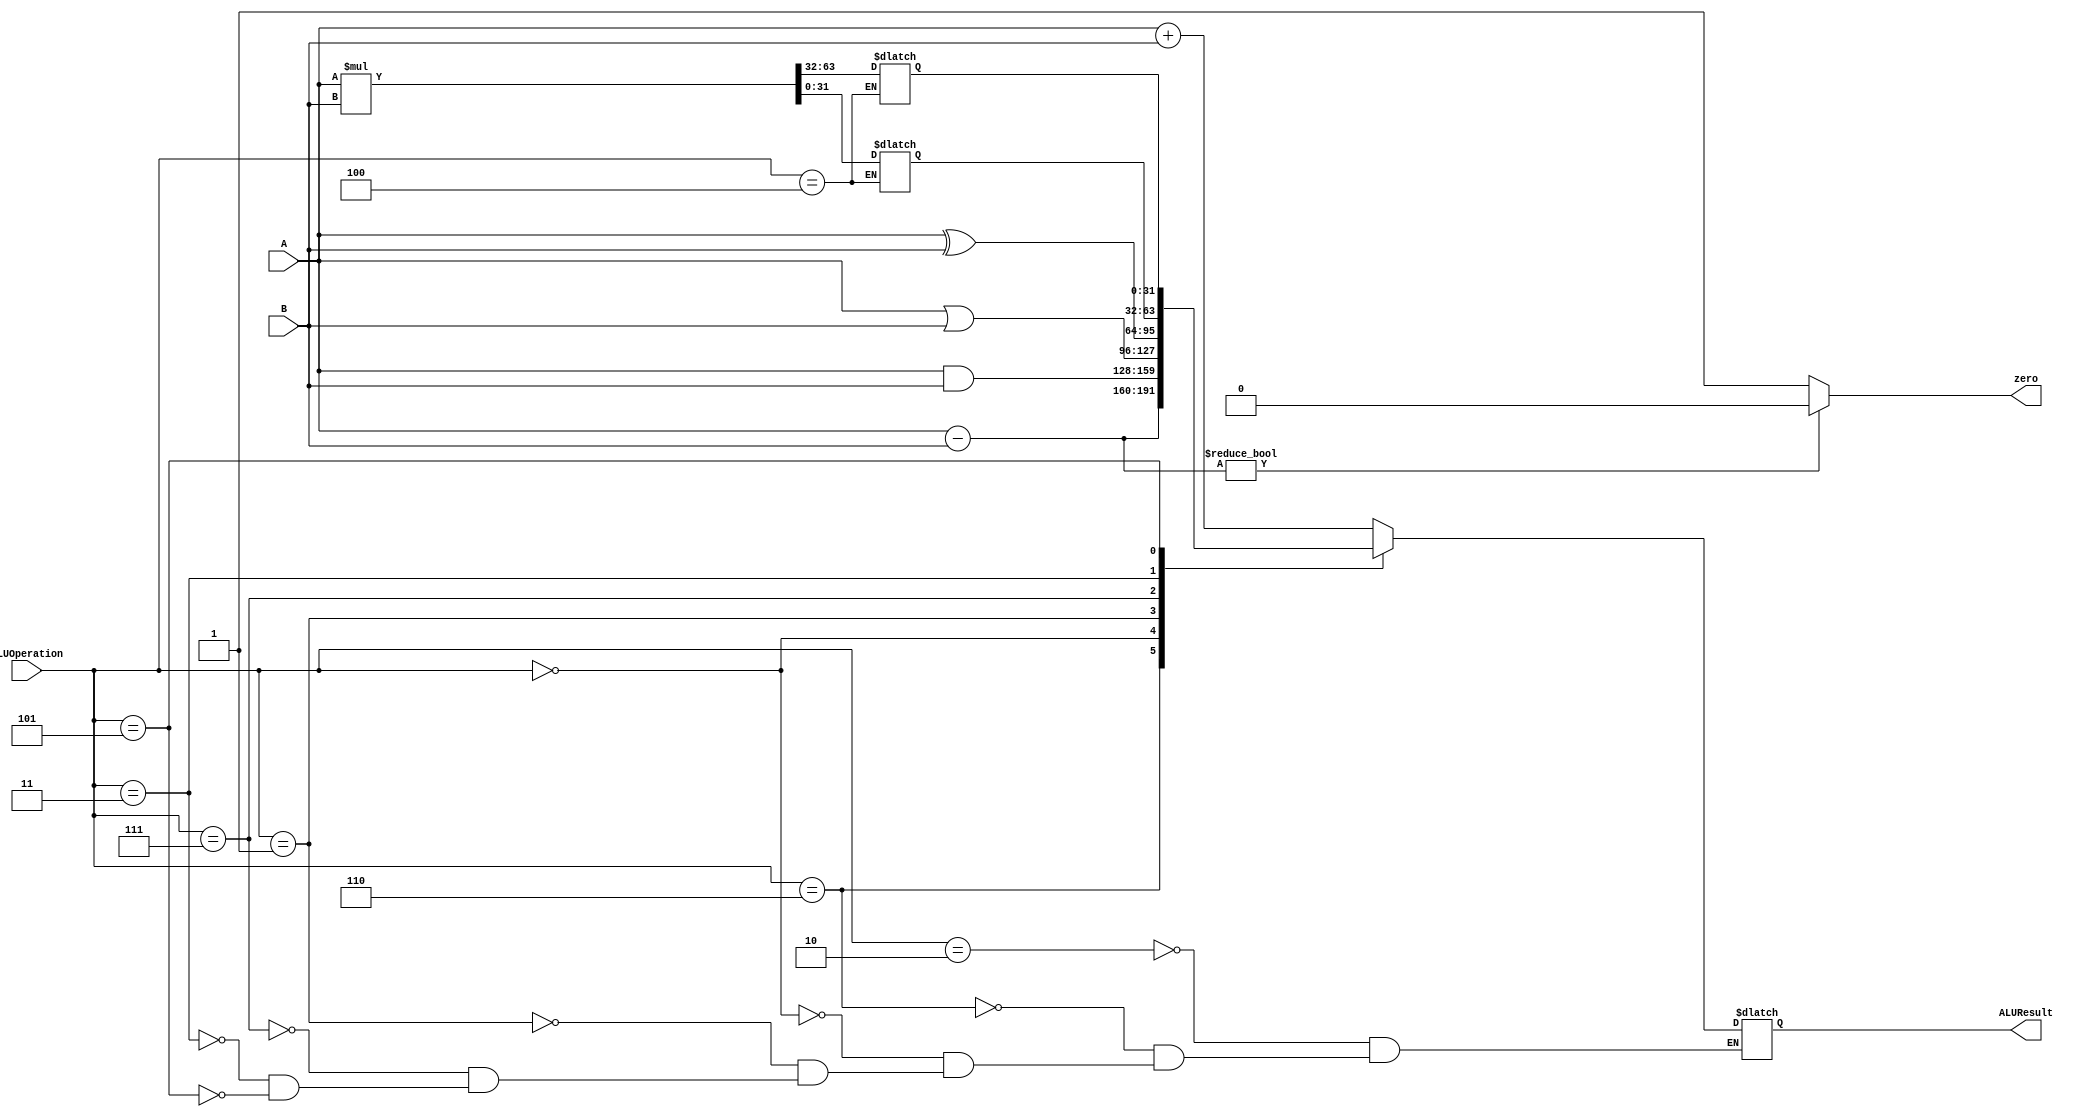
`timescale 1ps/1ps
module ALU(input [31:0]A,B,input [2:0]ALUOperation ,output reg [31:0] ALUResult,output zero);
    reg signed [31:0] High;
    reg signed[31:0] Low;
    always@(A,B,ALUOperation)begin
      High<=High;
      Low<=Low;
      case(ALUOperation)
        3'b010:ALUResult<=A+B;
        3'b110:ALUResult<=A-B;
        3'b000:ALUResult<=A&B;
        3'b001:ALUResult<=A|B;
        3'b100:{High,Low}<=A*B;
        3'b111:ALUResult<=A^B;
        3'b011:ALUResult<=Low;
        3'b101:ALUResult<=High;
    endcase
    end
    assign zero=(A-B)?0:1;
endmodule